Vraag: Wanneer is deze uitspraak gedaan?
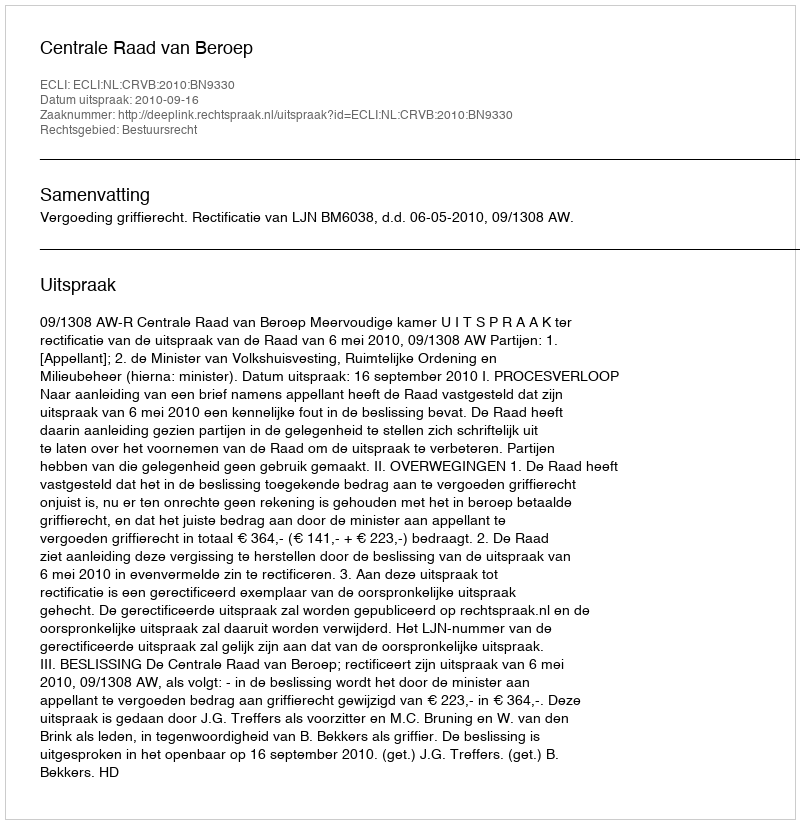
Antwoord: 2010-09-16